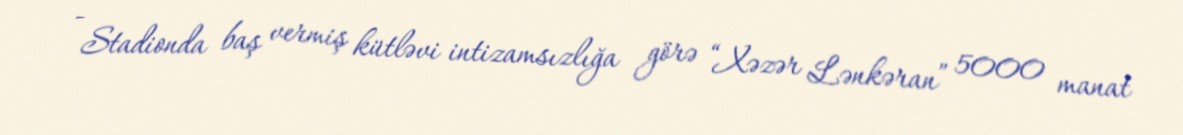
- Stadionda baş vermiş kütləvi intizamsızlığa görə “Xəzər Lənkəran” 5000 manat